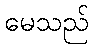
မေသည်